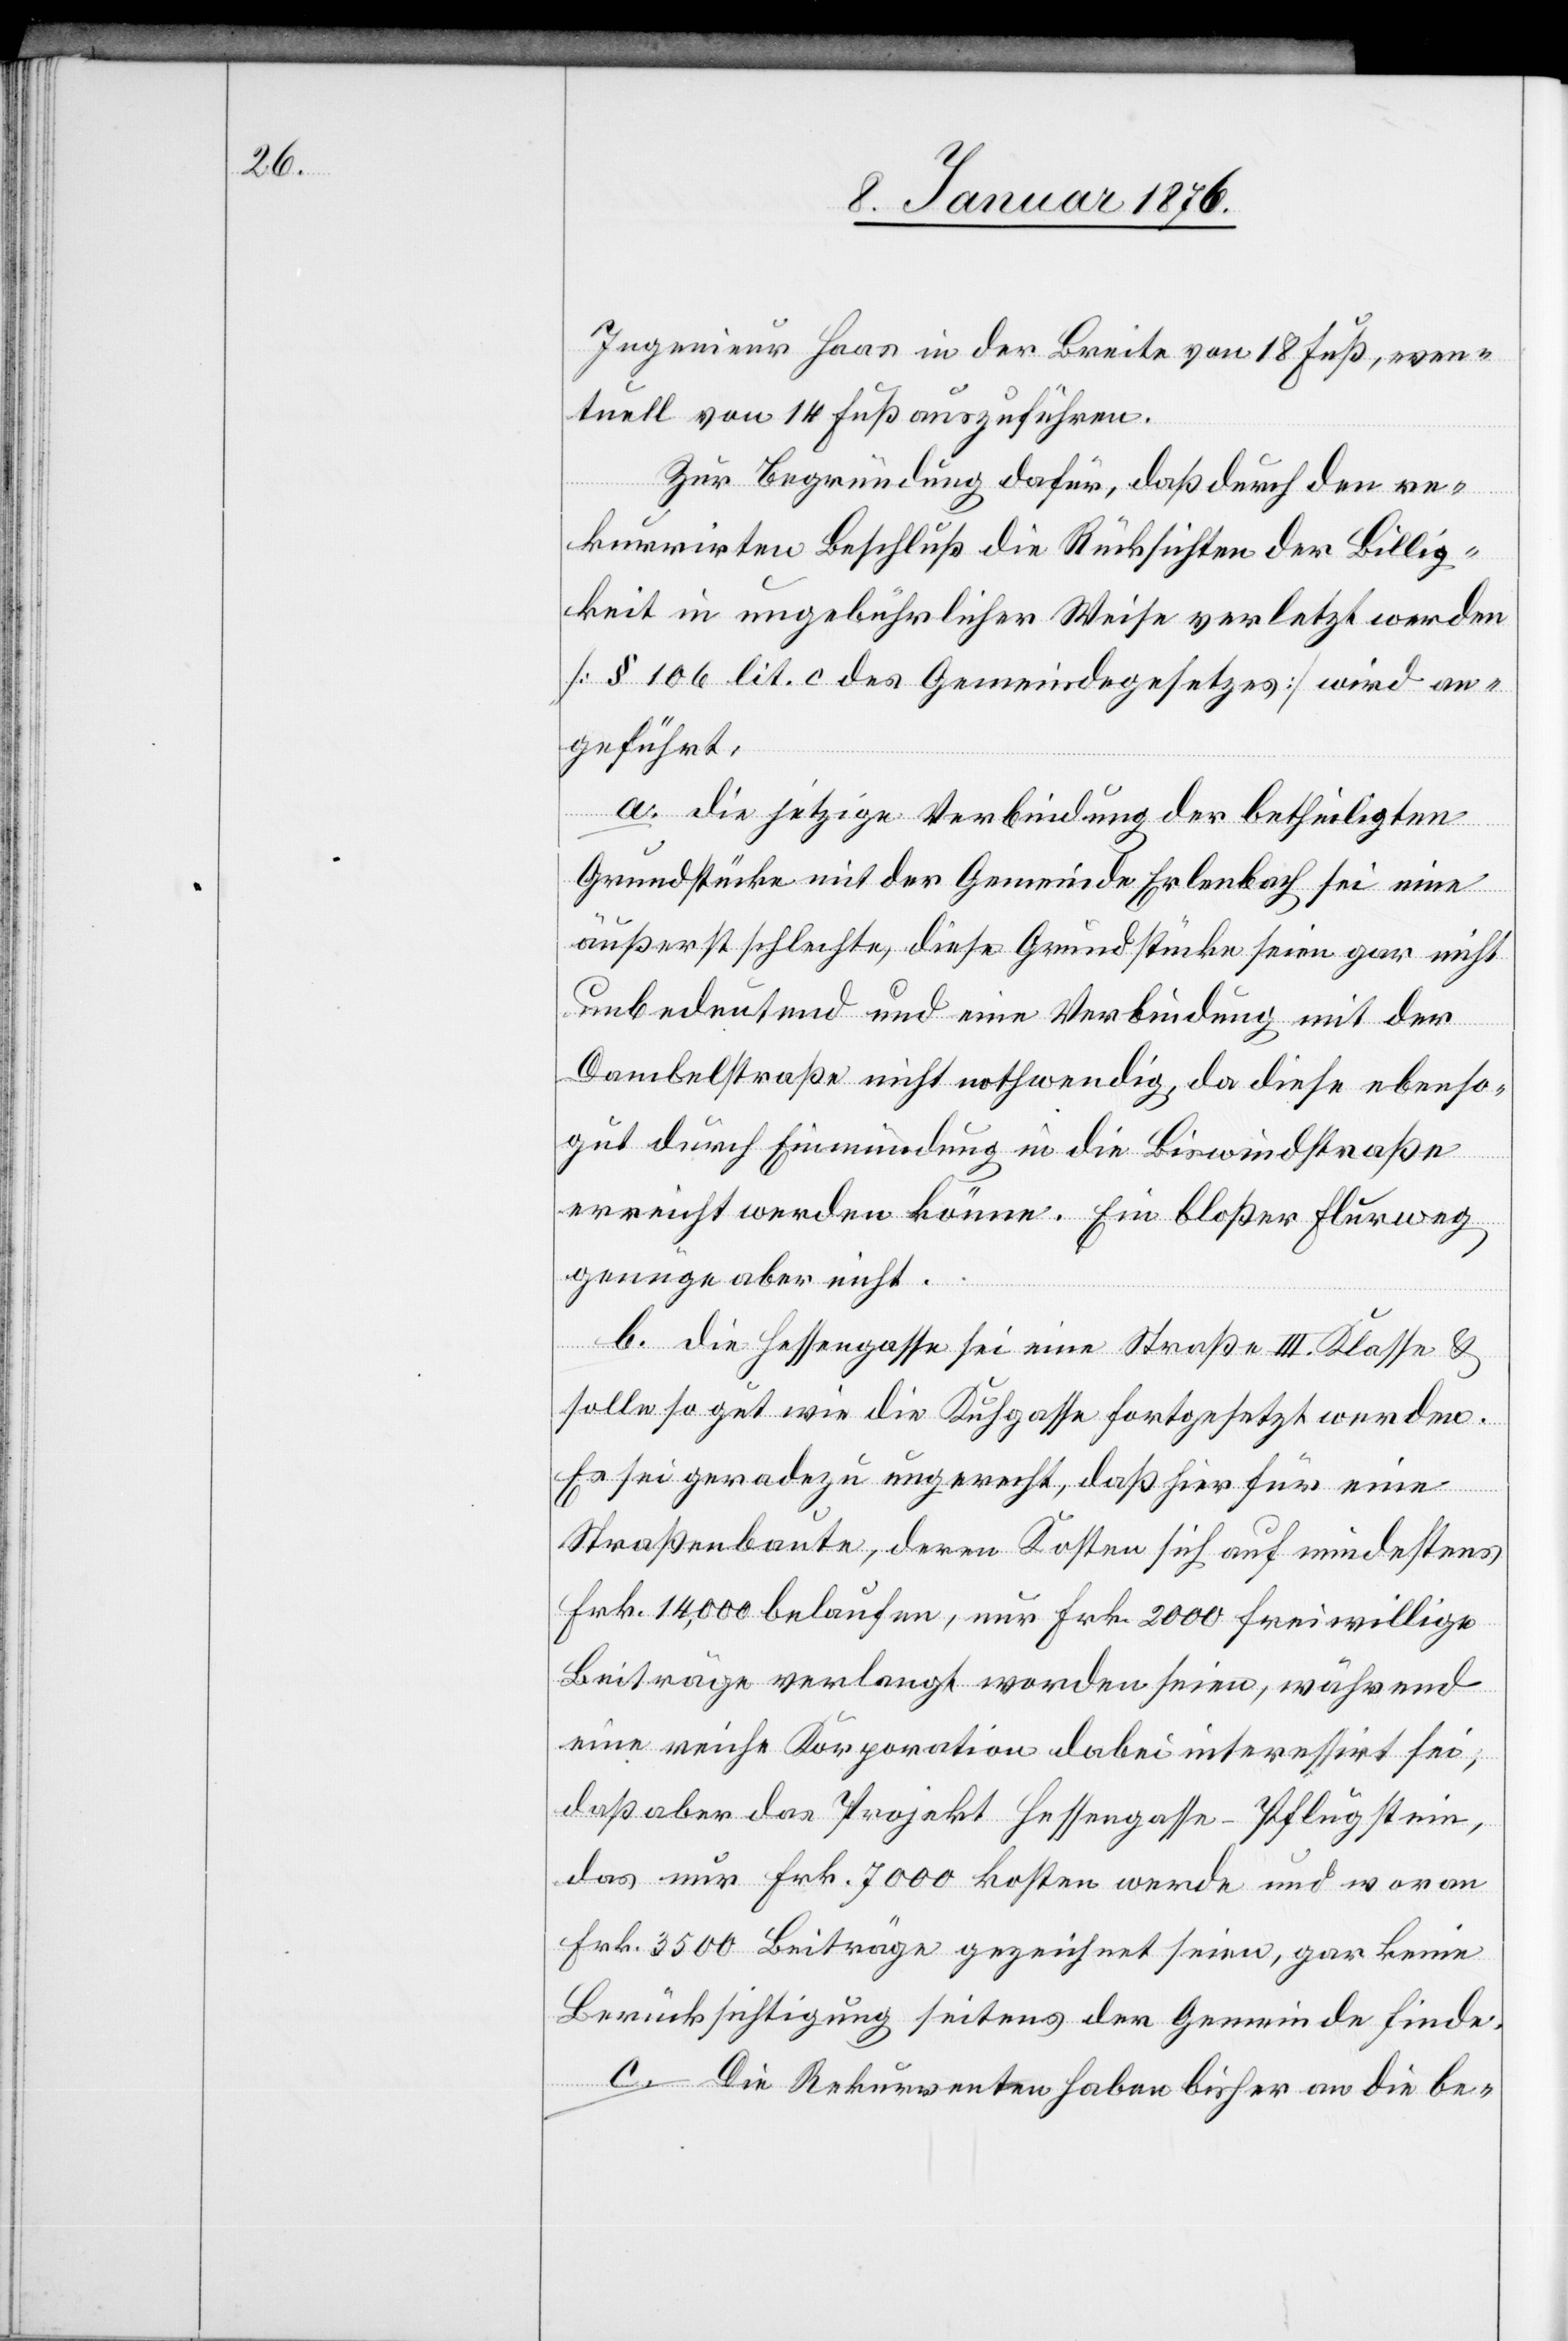
Ingenieur Haas in der Breite von 18 Fuß, even¬
tuell von 13 Fuß auszuführen.
Zur Begründung dafür, daß durch den re¬
kurrirten Beschluß die Rücksichten der Billig¬
keit in ungebührlicher Weise verletzt werden
[§ 106 lit. c des Gemeindegesetzes] wird an¬
geführt.
a. die jetzige Verbindung der betheiligten
Grundstücke mit der Gemeinde Erlenbach sei eine
äußerst schlechte, diese Grundstücke seien gar nicht
unbedeutend und eine Verbindung mit der
Dambelstraße nicht nothwendig, da diese ebenso¬
gut durch Einmündung in die Biswindstraße
erreicht werden könne. Ein bloßer Flurweg
genüge aber nicht.
b. die Hessengasse sei eine Straße III. Klasse u.
solle so gut wie die Kuhgasse fortgesetzt werden.
Es sei geradezu ungerecht, daß hier für eine
Straßenbaute, deren Kosten sich auf mindestens
Frk. 14,000 belaufen, nur Frk. 2000 freiwillige
Beiträge verlangt worden seien, während
eine reiche Korporation dabei interessirt sei,
daß aber das Projekt Hessengasse-Pflugstein,
das nur Frk. 7000 kosten werde und woran
Frk. 3500 Beiträge gezeichnet seien, gar keine
Berücksichtigung seitens der Gemeinde finde.
c. Die Rekurrenten haben bisher an die be-